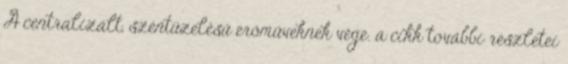
A centralizált, széntüzelésű erőműveknek vége. a cikk további részletei